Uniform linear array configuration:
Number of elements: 12
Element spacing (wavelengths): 0.5
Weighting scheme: hann
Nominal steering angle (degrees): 60
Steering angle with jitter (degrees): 60.42
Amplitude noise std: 0.05
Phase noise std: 0.05

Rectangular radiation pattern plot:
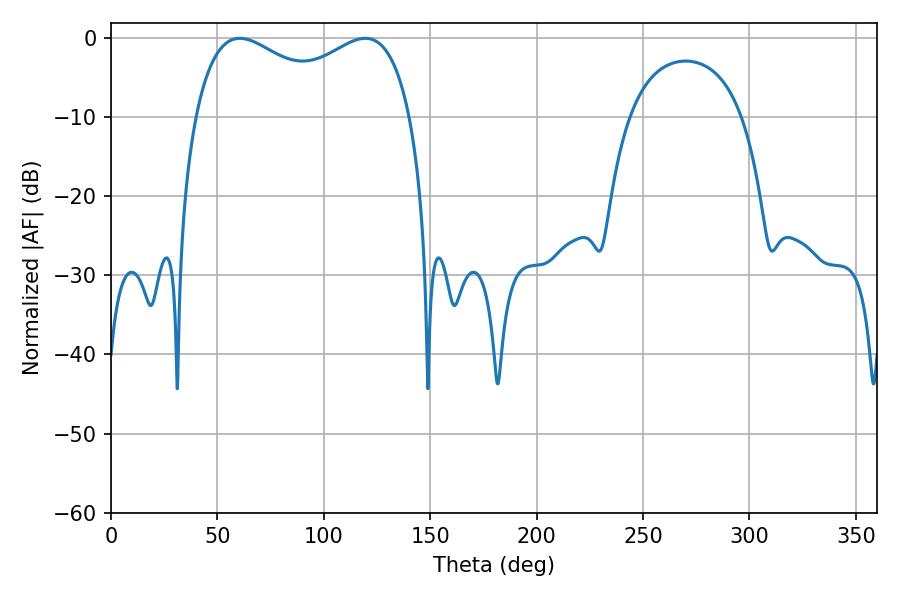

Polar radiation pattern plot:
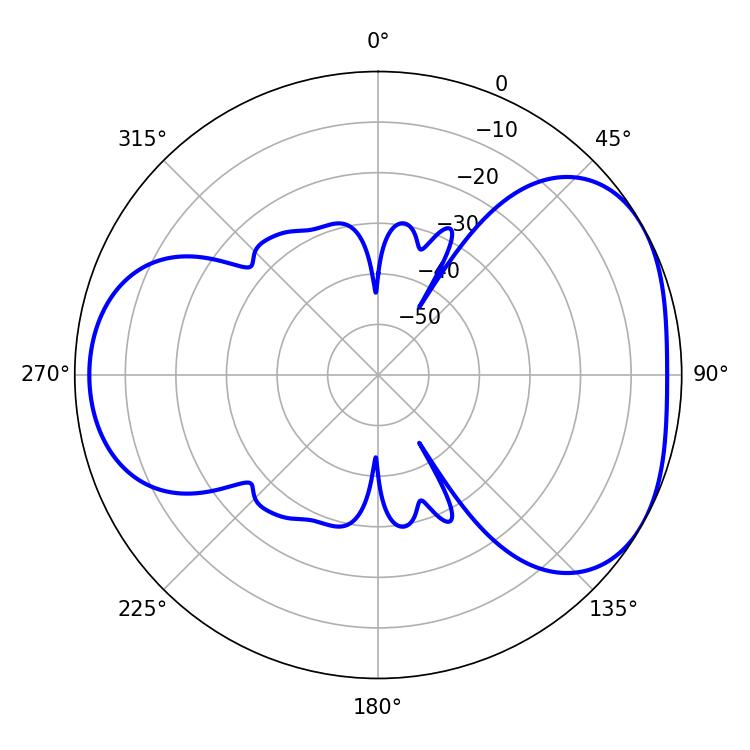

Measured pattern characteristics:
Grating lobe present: FALSE
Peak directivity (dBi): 4.334
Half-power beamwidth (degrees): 84.6
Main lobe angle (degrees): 60.48